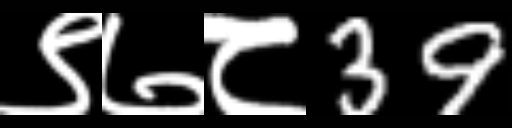
Text: ९७८39